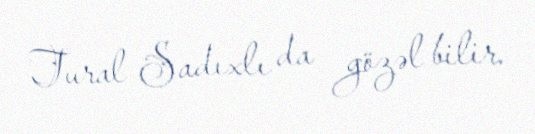
Tural Sadıxlı da gözəl bilir.